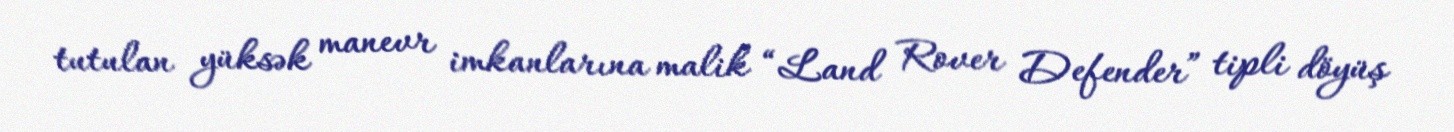
tutulan yüksək manevr imkanlarına malik “Land Rover Defender” tipli döyüş